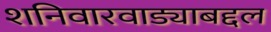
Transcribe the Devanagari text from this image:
शनिवारवाड्याबद्दल